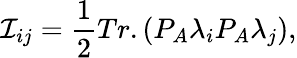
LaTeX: \mathcal{I}_{ij}={\frac{{1}}{{2}}}Tr.(P_{A}\lambda_{i}P_{A}\lambda_{j}),